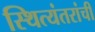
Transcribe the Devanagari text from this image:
स्थित्यंतरांची